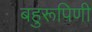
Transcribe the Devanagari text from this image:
बहुरूपिणी